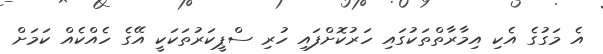
އެ މަގުގެ އެކި އިމާރާތްތަކުގައި ހަރުކޮށްފައި ހުރި ސްޕީކަރުތަކަކީ އޭގެ ހެއްކެއް ކަމަށް